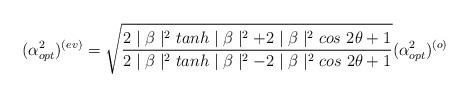
LaTeX: \begin{align*}(\alpha_{opt}^{2})^{(ev)}=\sqrt{\frac{ 2\mid \beta \mid^{2}tanh \mid \beta \mid^{2}+2\mid \beta \mid^{2}cos~2\theta+1}{ 2\mid \beta \mid^{2}tanh \mid \beta \mid^{2}-2\mid \beta \mid^{2}cos~2\theta+1}}(\alpha_{opt}^{2})^{(o)}\\\end{align*}